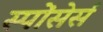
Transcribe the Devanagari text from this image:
स्पोंसेर्स